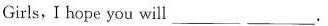
Girls, I hope you will ___.